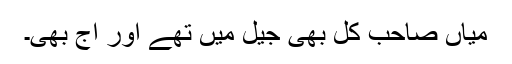
میاں صاحب کل بھی جیل میں تھے اور آج بھی۔